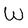
Character: w